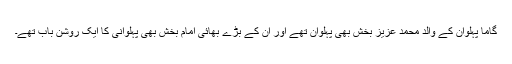
گاما پہلوان کے والد محمد عزیز بخش بھی پہلوان تھے اور ان کے بڑے بھائی امام بخش بھی پہلوانی کا ایک روشن باب تھے۔